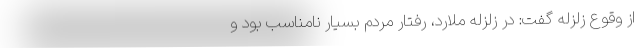
از وقوع زلزله گفت: در زلزله ملارد، رفتار مردم بسیار نامناسب بود و